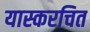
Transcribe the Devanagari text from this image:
यास्करचित